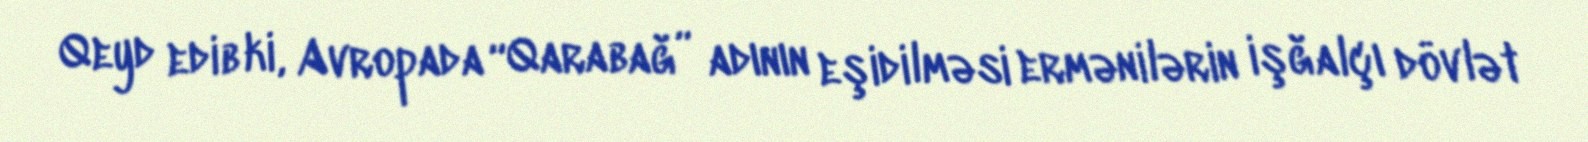
Qeyd edib ki, Avropada “Qarabağ” adının eşidilməsi ermənilərin işğalçı dövlət